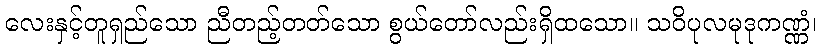
လေးနှင့်တူရှည်သော ညီတည့်တတ်သော စွယ်တော်လည်းရှိထသော။ သဝိပုလမုဒုကဏ္ဏံ၊